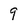
Character: 9